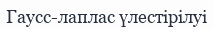
Гаусс-лаплас үлестірілуі